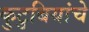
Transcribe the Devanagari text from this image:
कुटुबियांचे